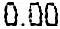
0.00